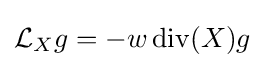
{\mathcal {L}}_{X}g=-w\operatorname {div} (X)g